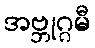
အဗ္ဘုဂ္ဂမီ